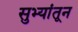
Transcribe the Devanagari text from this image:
सुभ्यांतून